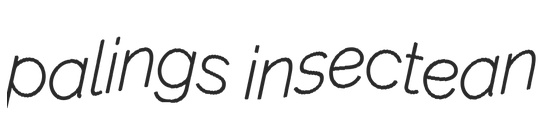
palings insectean